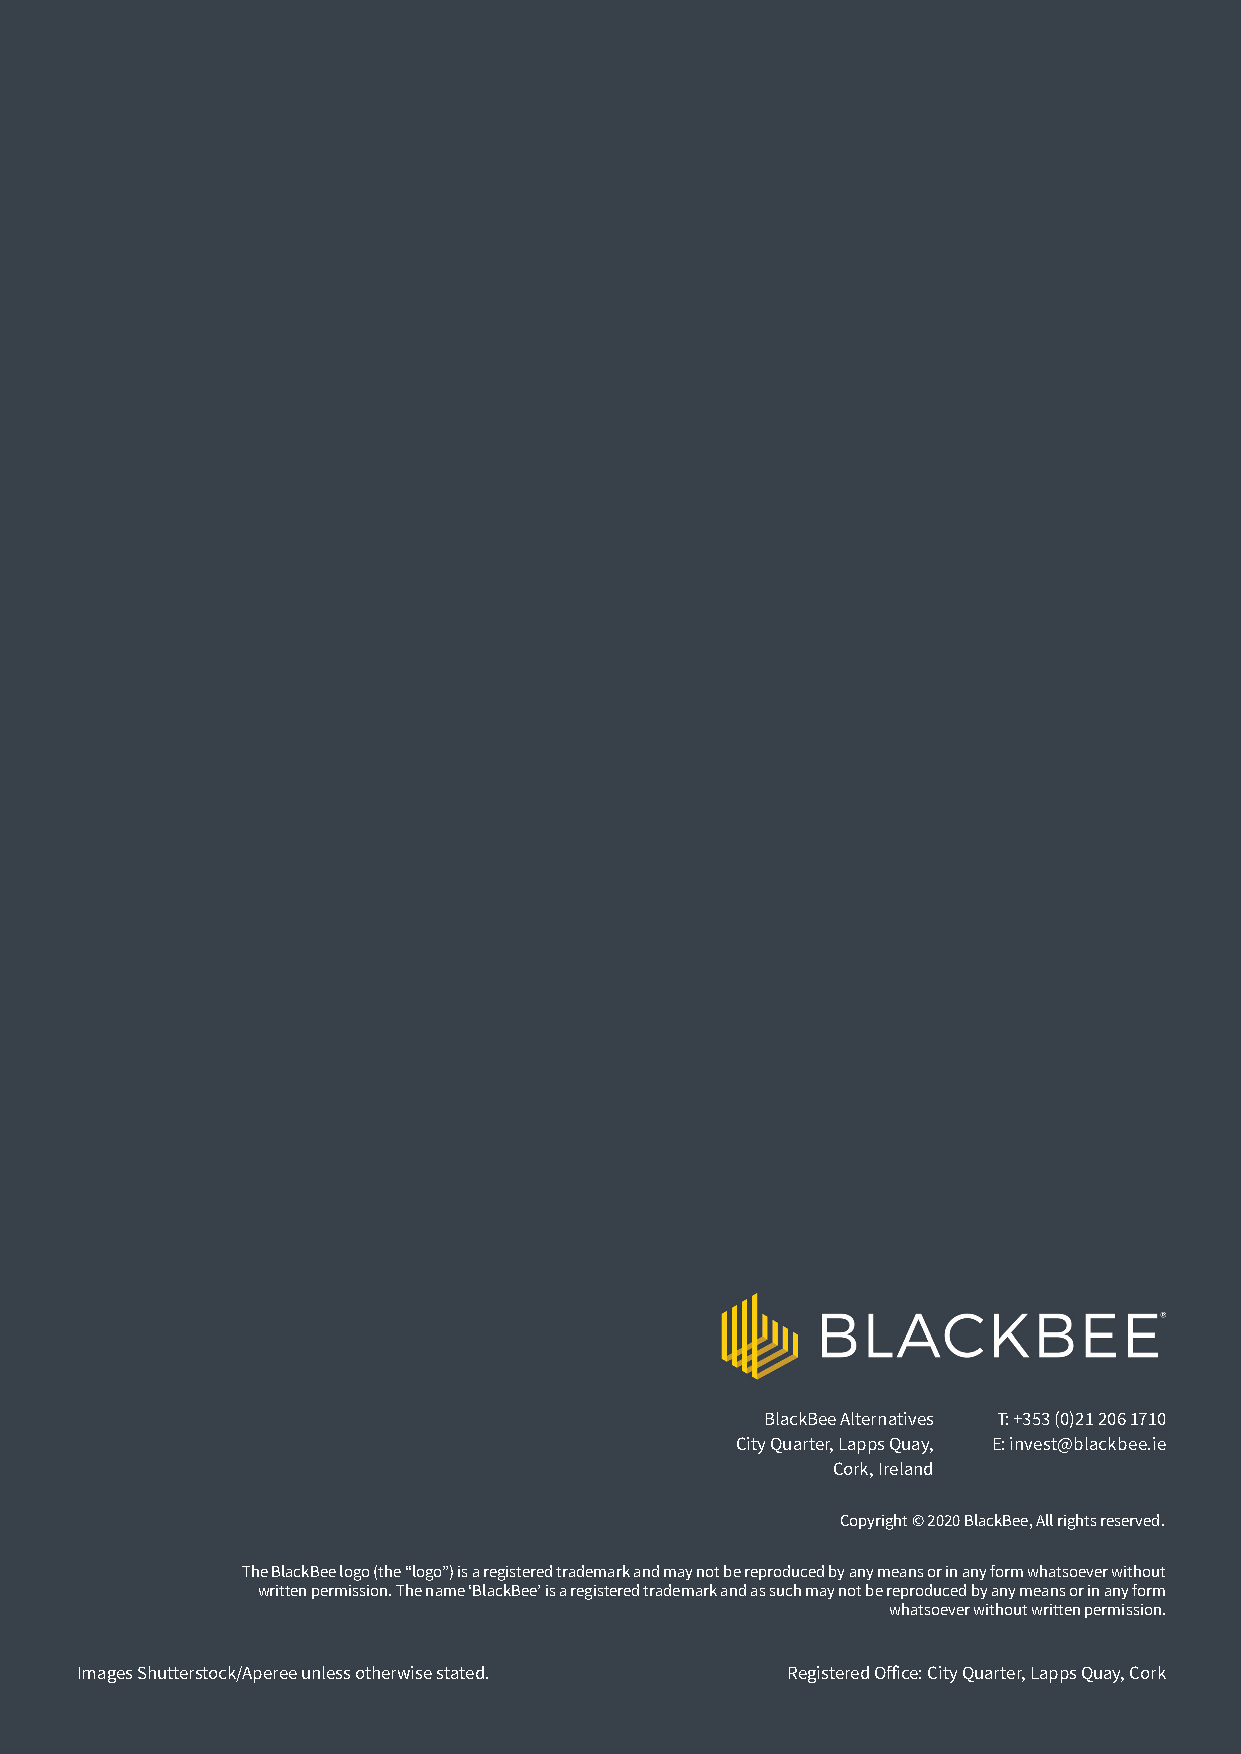
BlackBee Alternatives T: +353 (0)21 206 1710
 City Quarter, Lapps Quay, E: invest@blackbee.ie
 Cork, Ireland
 Copyright © 2020 BlackBee, All rights reserved.
 The BlackBee logo (the “logo”) is a registered trademark and may not be reproduced by any means or in any form whatsoever without
 written permission. The name ‘BlackBee’ is a registered trademark and as such may not be reproduced by any means or in any form
 whatsoever without written permission.
 Images Shutterstock/Aperee unless otherwise stated. Registered Off ice: City Quarter, Lapps Quay, Cork